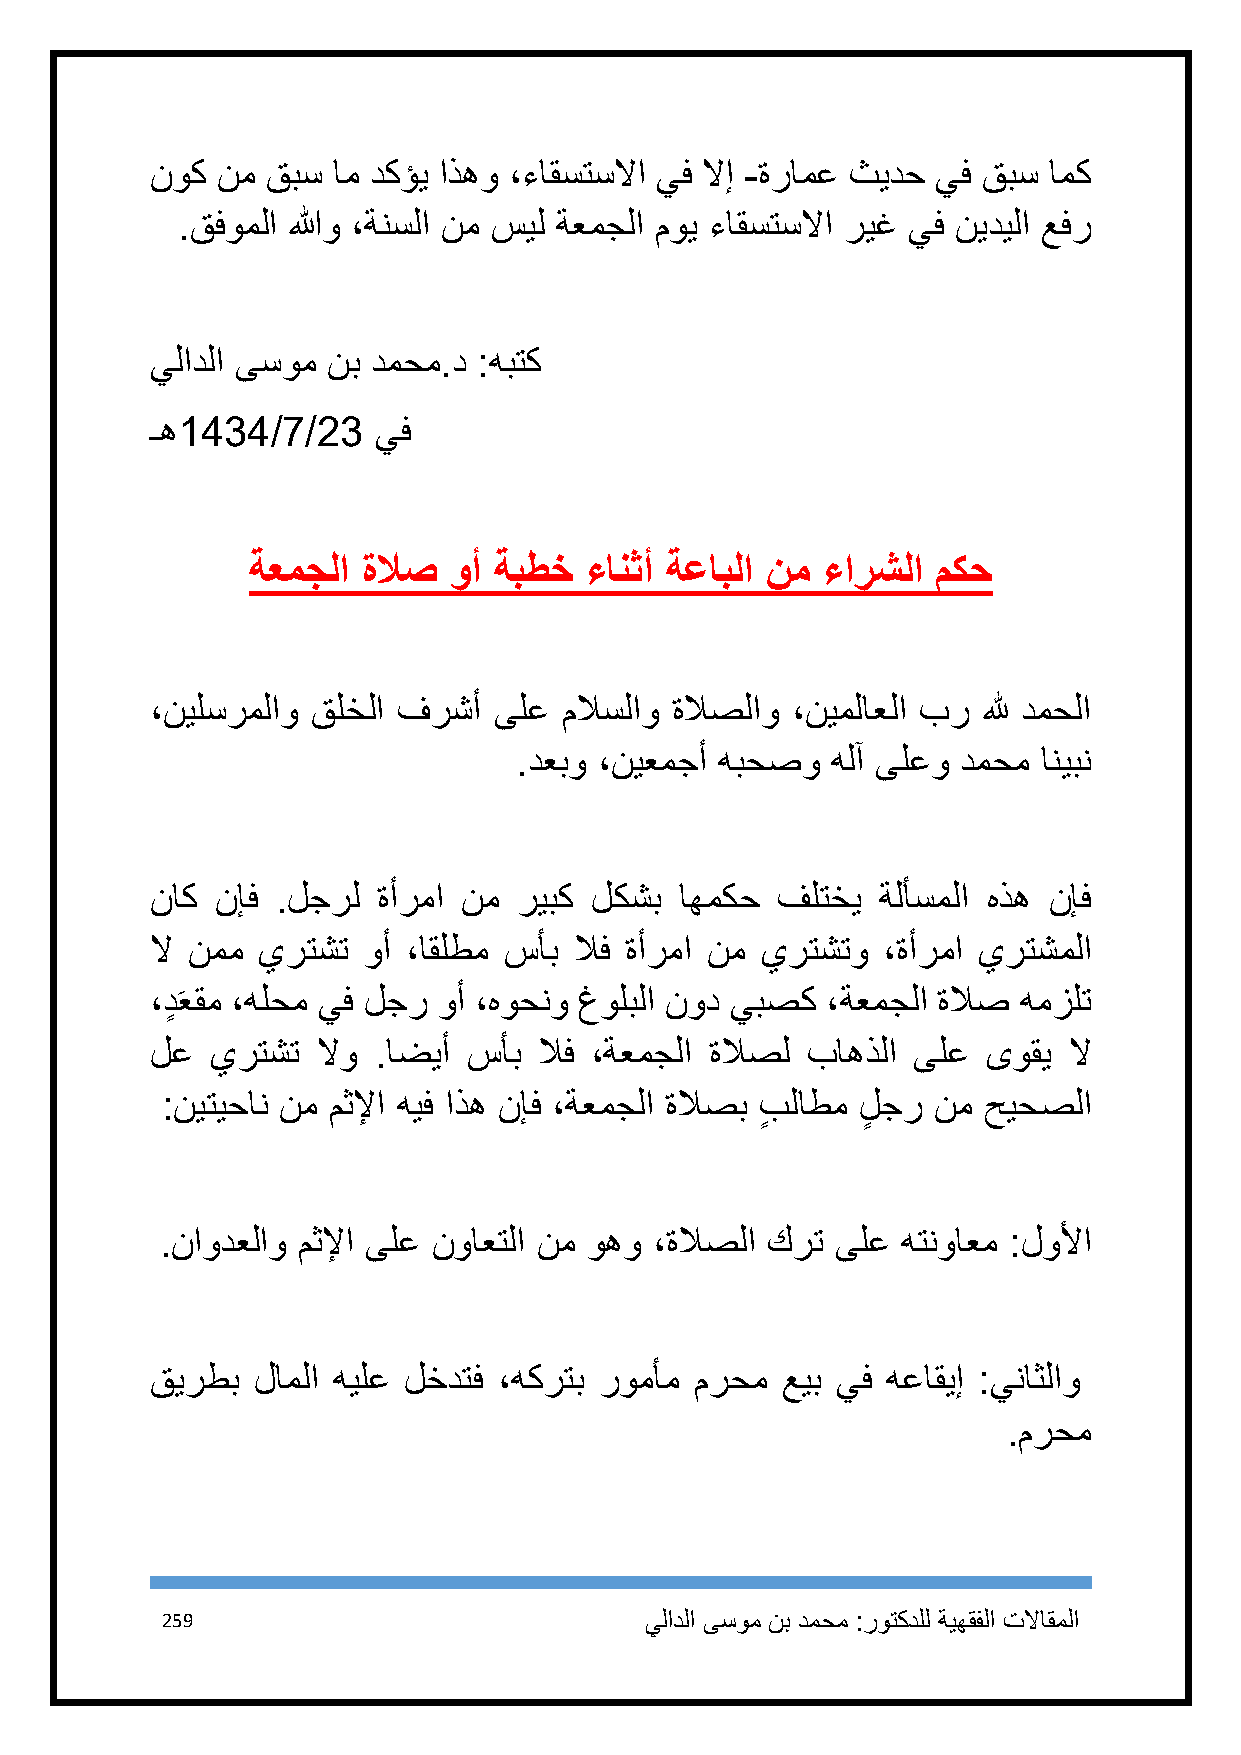
نوك نم  قبس ام دكؤي اذهو ،ءاقستسلاا يف لاإ -ةرامع ثيدح يف قبس امك
 .قفوملا اللهو ،ةنسلا نم سيل ةعمجلا موي ءاقستسلاا ريغ يف نيديلا عفر
 يلادلا ىسوم نب دمحم.د :هبتك
 ـه1989/2/98    يف
 ةعمجلا ةلاص  وأ ةبطخ  ءانثأ ةعابلا نم ءارشلا مكح
 ،نيلسرملاو قلخلا فرشأ  ىلع ملاسلاو ةلاصلاو ،نيملاعلا بر لله دمحلا
 .دعبو ،نيعمجأ هبحصو  هلآ ىلعو دمحم انيبن
 ناك نإف .لجرل  ةأرما نم ريبك لكشب  اهمكح فلتخي  ةلأسملا هذه نإف
 لا نمم يرتشت  وأ ،اقلطم سأب لاف ةأرما نم يرتشتو ،ةأرما يرتشملا
 ،دٍ عقم ،هلحم يف لجر وأ ،هوحنو غولبلا نود يبصك ،ةعمجلا ةلاص همزلت
 َ
 لع  يرتشت  لاو .اضيأ سأب  لاف ،ةعمجلا ةلاصل باهذلا ىلع ىوقي  لا
 :نيتيحان نم مثلإا هيف اذه نإف ،ةعمجلا ةلاصب بٍ لاطم لٍ جر نم حيحصلا
 .ناودعلاو مثلإا ىلع نواعتلا نم وهو ،ةلاصلا كرت ىلع هتنواعم :لولأا
 قيرطب  لاملا هيلع لخدتف ،هكرتب رومأم مرحم عيب يف هعاقيإ :يناثلاو
 .مرحم
 259                             يلادلا ىسوم نب دمحم :روتكدلل ةيهقفلا تلااقملا